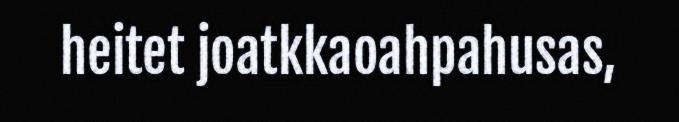
heitet joatkkaoahpahusas,